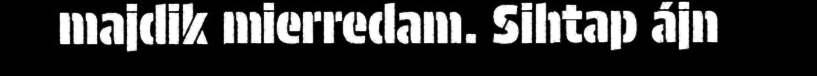
majdik mierredam. Sihtap ájn